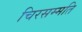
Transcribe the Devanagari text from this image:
चिरसम्मति